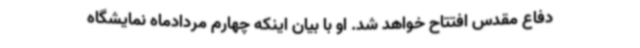
دفاع مقدس افتتاح خواهد شد. او با بیان اینکه چهارم مردادماه نمایشگاه